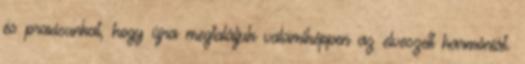
és praxisunkat, hogy újra megtaláljuk valamiképpen az elveszett harmóniát.